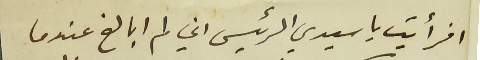
افرأيت ياسيدي الرئيس اني لم ابالغ عندما